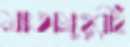
মাতামুহুরীই